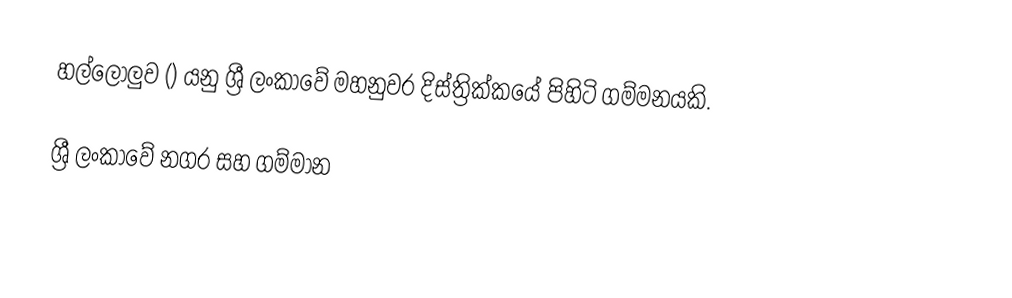
හල්ලොලුව () යනු ශ්‍රී ලංකාවේ මහනුවර දිස්ත්‍රික්කයේ පිහිටි ගම්මනයකි.

ශ්‍රී ලංකාවේ නගර සහ ගම්මාන